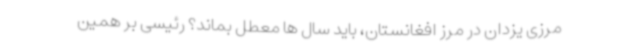
مرزی یزدان در مرز افغانستان، باید سال ها معطل بماند؟ رئیسی بر همین